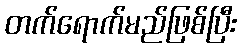
တက်ရောက်မည်ဖြစ်ပြီး